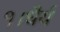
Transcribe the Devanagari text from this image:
१।धैर्य